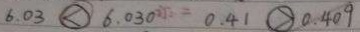
6 . 0 3 \textcircled { < } 6 . 0 3 0 0 . 4 1 \textcircled { > } 0 . 4 0 9